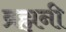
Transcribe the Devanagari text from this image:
ब्रह्मनी